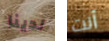
لدينا أنت